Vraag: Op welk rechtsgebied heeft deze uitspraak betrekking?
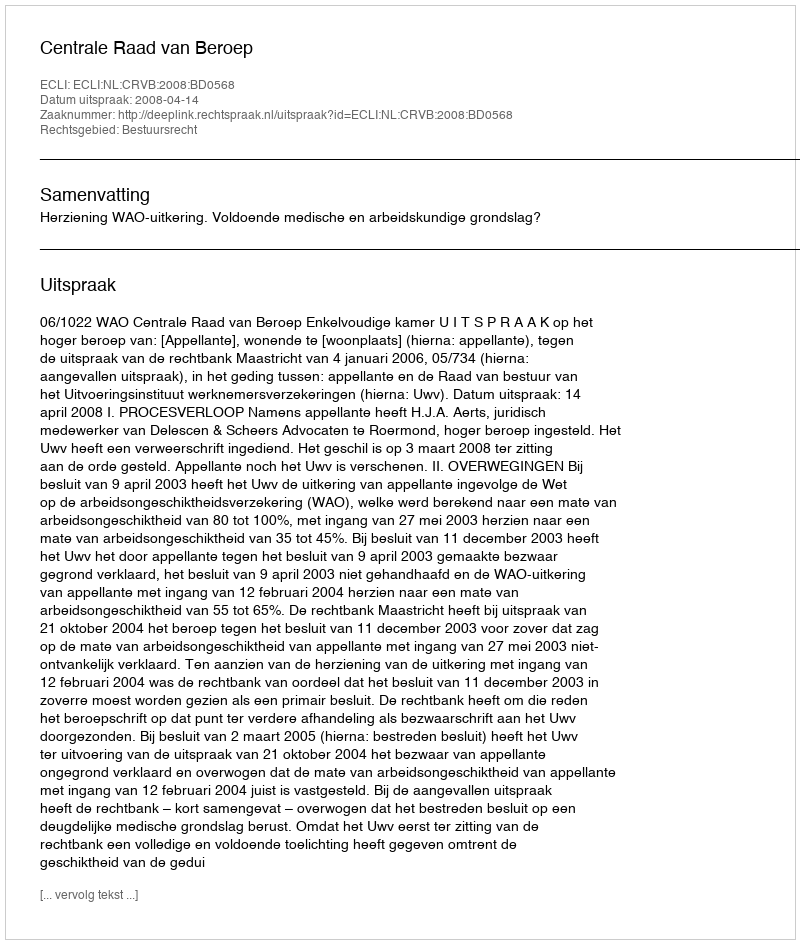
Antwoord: Bestuursrecht